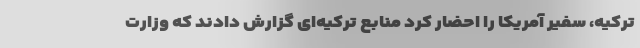
ترکیه، سفیر آمریکا را احضار کرد منابع ترکیه‌ای گزارش دادند که وزارت